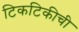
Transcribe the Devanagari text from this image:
टिकटिकीची